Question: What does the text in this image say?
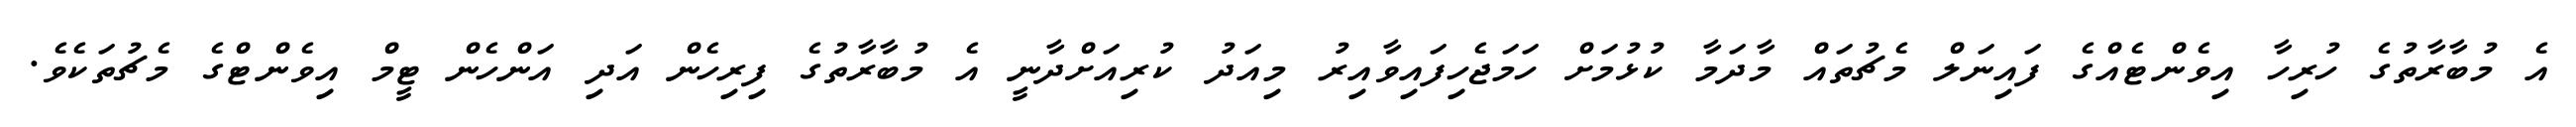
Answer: އެ މުބާރާތުގެ ހުރިހާ އިވެންޓެއްގެ ފައިނަލް މެޗުތައް މާދަމާ ކުޅުމަށް ހަމަޖެހިފައިވާއިރު މިއަދު ކުރިއަށްދާނީ އެ މުބާރާތުގެ ފިރިހެން އަދި އަންހެން ޓީމް އިވެންޓްގެ މެޗުތަކެވެ.